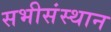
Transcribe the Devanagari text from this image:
सभीसंस्थान